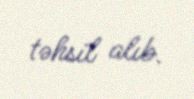
təhsil alıb.